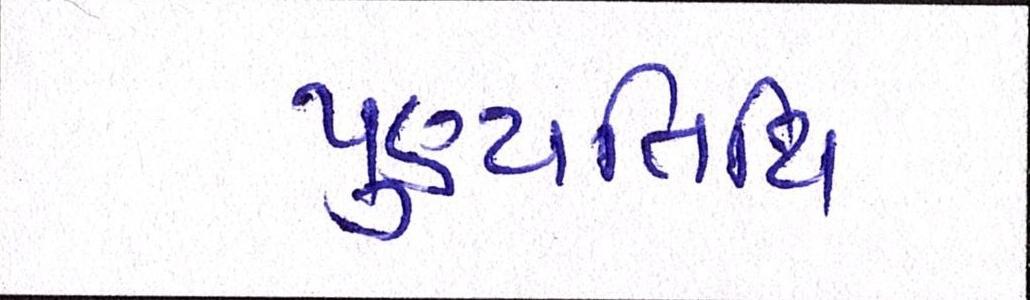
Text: પુણ્યતિથિ